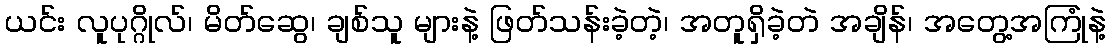
ယင်း လူပုဂ္ဂိုလ်၊ မိတ်ဆွေ၊ ချစ်သူ များနဲ့ ဖြတ်သန်းခဲ့တဲ့၊ အတူရှိခဲ့တဲ အချိန်၊ အတွေ့အကြုံနဲ့